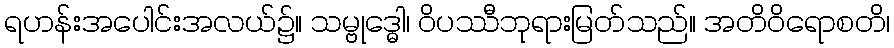
ရဟန်းအပေါင်းအလယ်၌။ သမ္ဗုဒ္ဓေါ၊ ဝိပဿီဘုရားမြတ်သည်။ အတိဝိရောစတိ၊